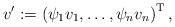
LaTeX: \begin{align*} v' := \left( \psi_1 v_1, \ldots, \psi_n v_n \right)^\mathrm{T}, \end{align*}